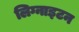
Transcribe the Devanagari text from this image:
लिग्नाइटन